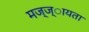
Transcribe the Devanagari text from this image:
मज्ज्ायता